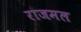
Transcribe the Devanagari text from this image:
राजमल